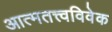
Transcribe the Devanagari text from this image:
आत्मतत्त्वविवेक